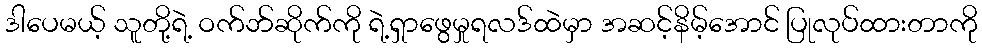
ဒါပေမယ့် သူတို့ရဲ့ ဝက်ဘ်ဆိုက်ကို ရဲ့ရှာဖွေမှုရလဒ်ထဲမှာ အဆင့်နိမ့်အောင် ပြုလုပ်ထားတာကို